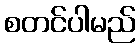
စတင်ပါမည်